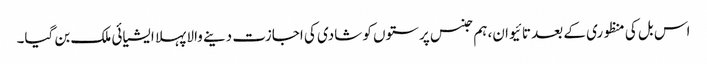
اس بل کی منظوری کے بعد تائیوان، ہم جنس پرستوں کو شادی کی اجازت دینے والا پہلا ایشیائی ملک بن گیا۔